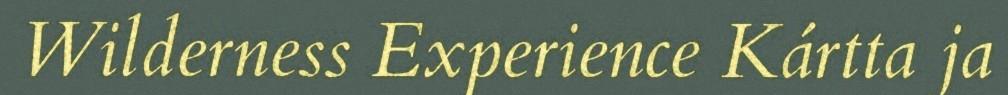
Wilderness Experience Kártta ja